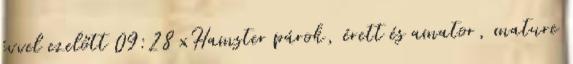
évvel ezelőtt 09:28 xHamster párok, érett és amator, mature